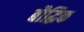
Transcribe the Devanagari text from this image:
बौद्घिक